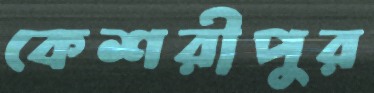
কেশরীপুর